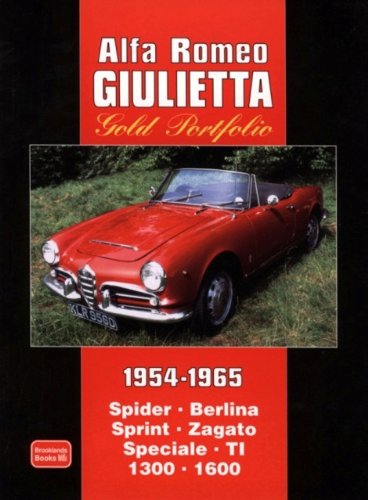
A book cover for Alfa Romeo Giulietta Gold Portfolio 1954-1965; R.M. Clarke; Engineering & Transportation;